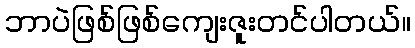
ဘာပဲဖြစ်ဖြစ်ကျေးဇူးတင်ပါတယ်။